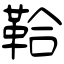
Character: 鞈